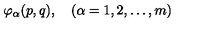
\varphi _ { \alpha } ( p , q ) , \quad ( \alpha = 1 , 2 , \dots , m )